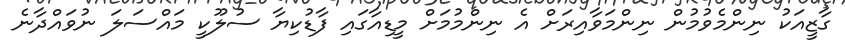
ގާޒީއަކު ނިންމެވުމުން ނިންމަވާއިރަށް އެ ނިންމުމަށް މީޑިއާގައި ފާޑުކިޔާ ސުލޫކީ މައްސަލަ ނުވައްދާނެ